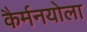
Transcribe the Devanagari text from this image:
कैर्मनयोला